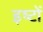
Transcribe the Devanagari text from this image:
इष्‍टों